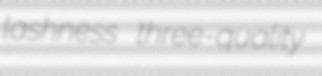
lashness three-quality